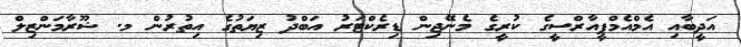
އަދީބާއި އެމްއެމްޕީއާރްސީގެ ކުރީގެ މެނޭޖިން ޑިރެކްޓަރު އަބްދު ޒިޔަތުގެ އިތުރުން މ. ޝޫރާމަންޒިލް